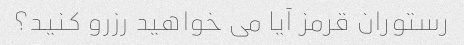
رستوران قرمز آیا می خواهید رزرو کنید؟